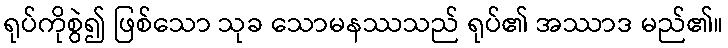
ရုပ်ကိုစွဲ၍ ဖြစ်သော သုခ သောမနဿသည် ရုပ်၏ အဿာဒ မည်၏။